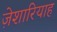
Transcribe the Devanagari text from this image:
ज़ेशारियाह